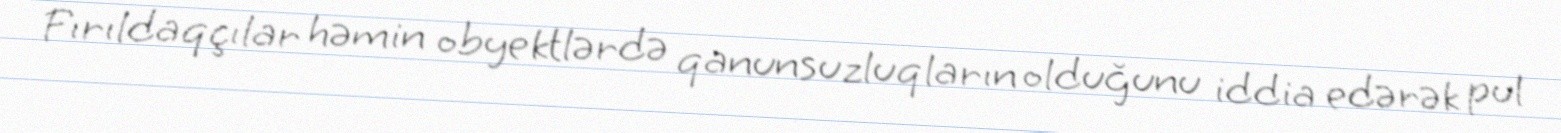
Fırıldaqçılar həmin obyektlərdə qanunsuzluqların olduğunu iddia edərək pul